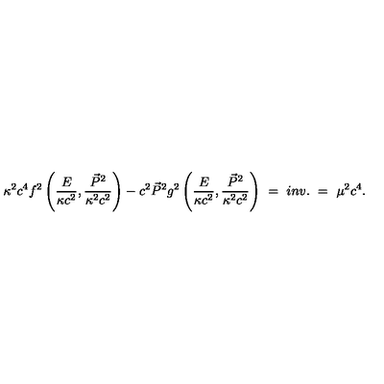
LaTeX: \kappa ^ { 2 } c ^ { 4 } f ^ { 2 } \left( \frac { E } { \kappa c ^ { 2 } } , \frac { \vec { P } ^ { 2 } } { \kappa ^ { 2 } c ^ { 2 } } \right) - c ^ { 2 } \vec { P } ^ { 2 } g ^ { 2 } \left( \frac { E } { \kappa c ^ { 2 } } , \frac { \vec { P } ^ { 2 } } { \kappa ^ { 2 } c ^ { 2 } } \right) \ = \ i n v . \ = \ \mu ^ { 2 } c ^ { 4 } .